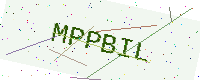
Text: MPPBIL